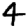
Digit: 4